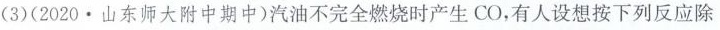
(3)(2020·山东师大附中期中)汽油不完全燃烧时产生CO，有人设想按下列反应除